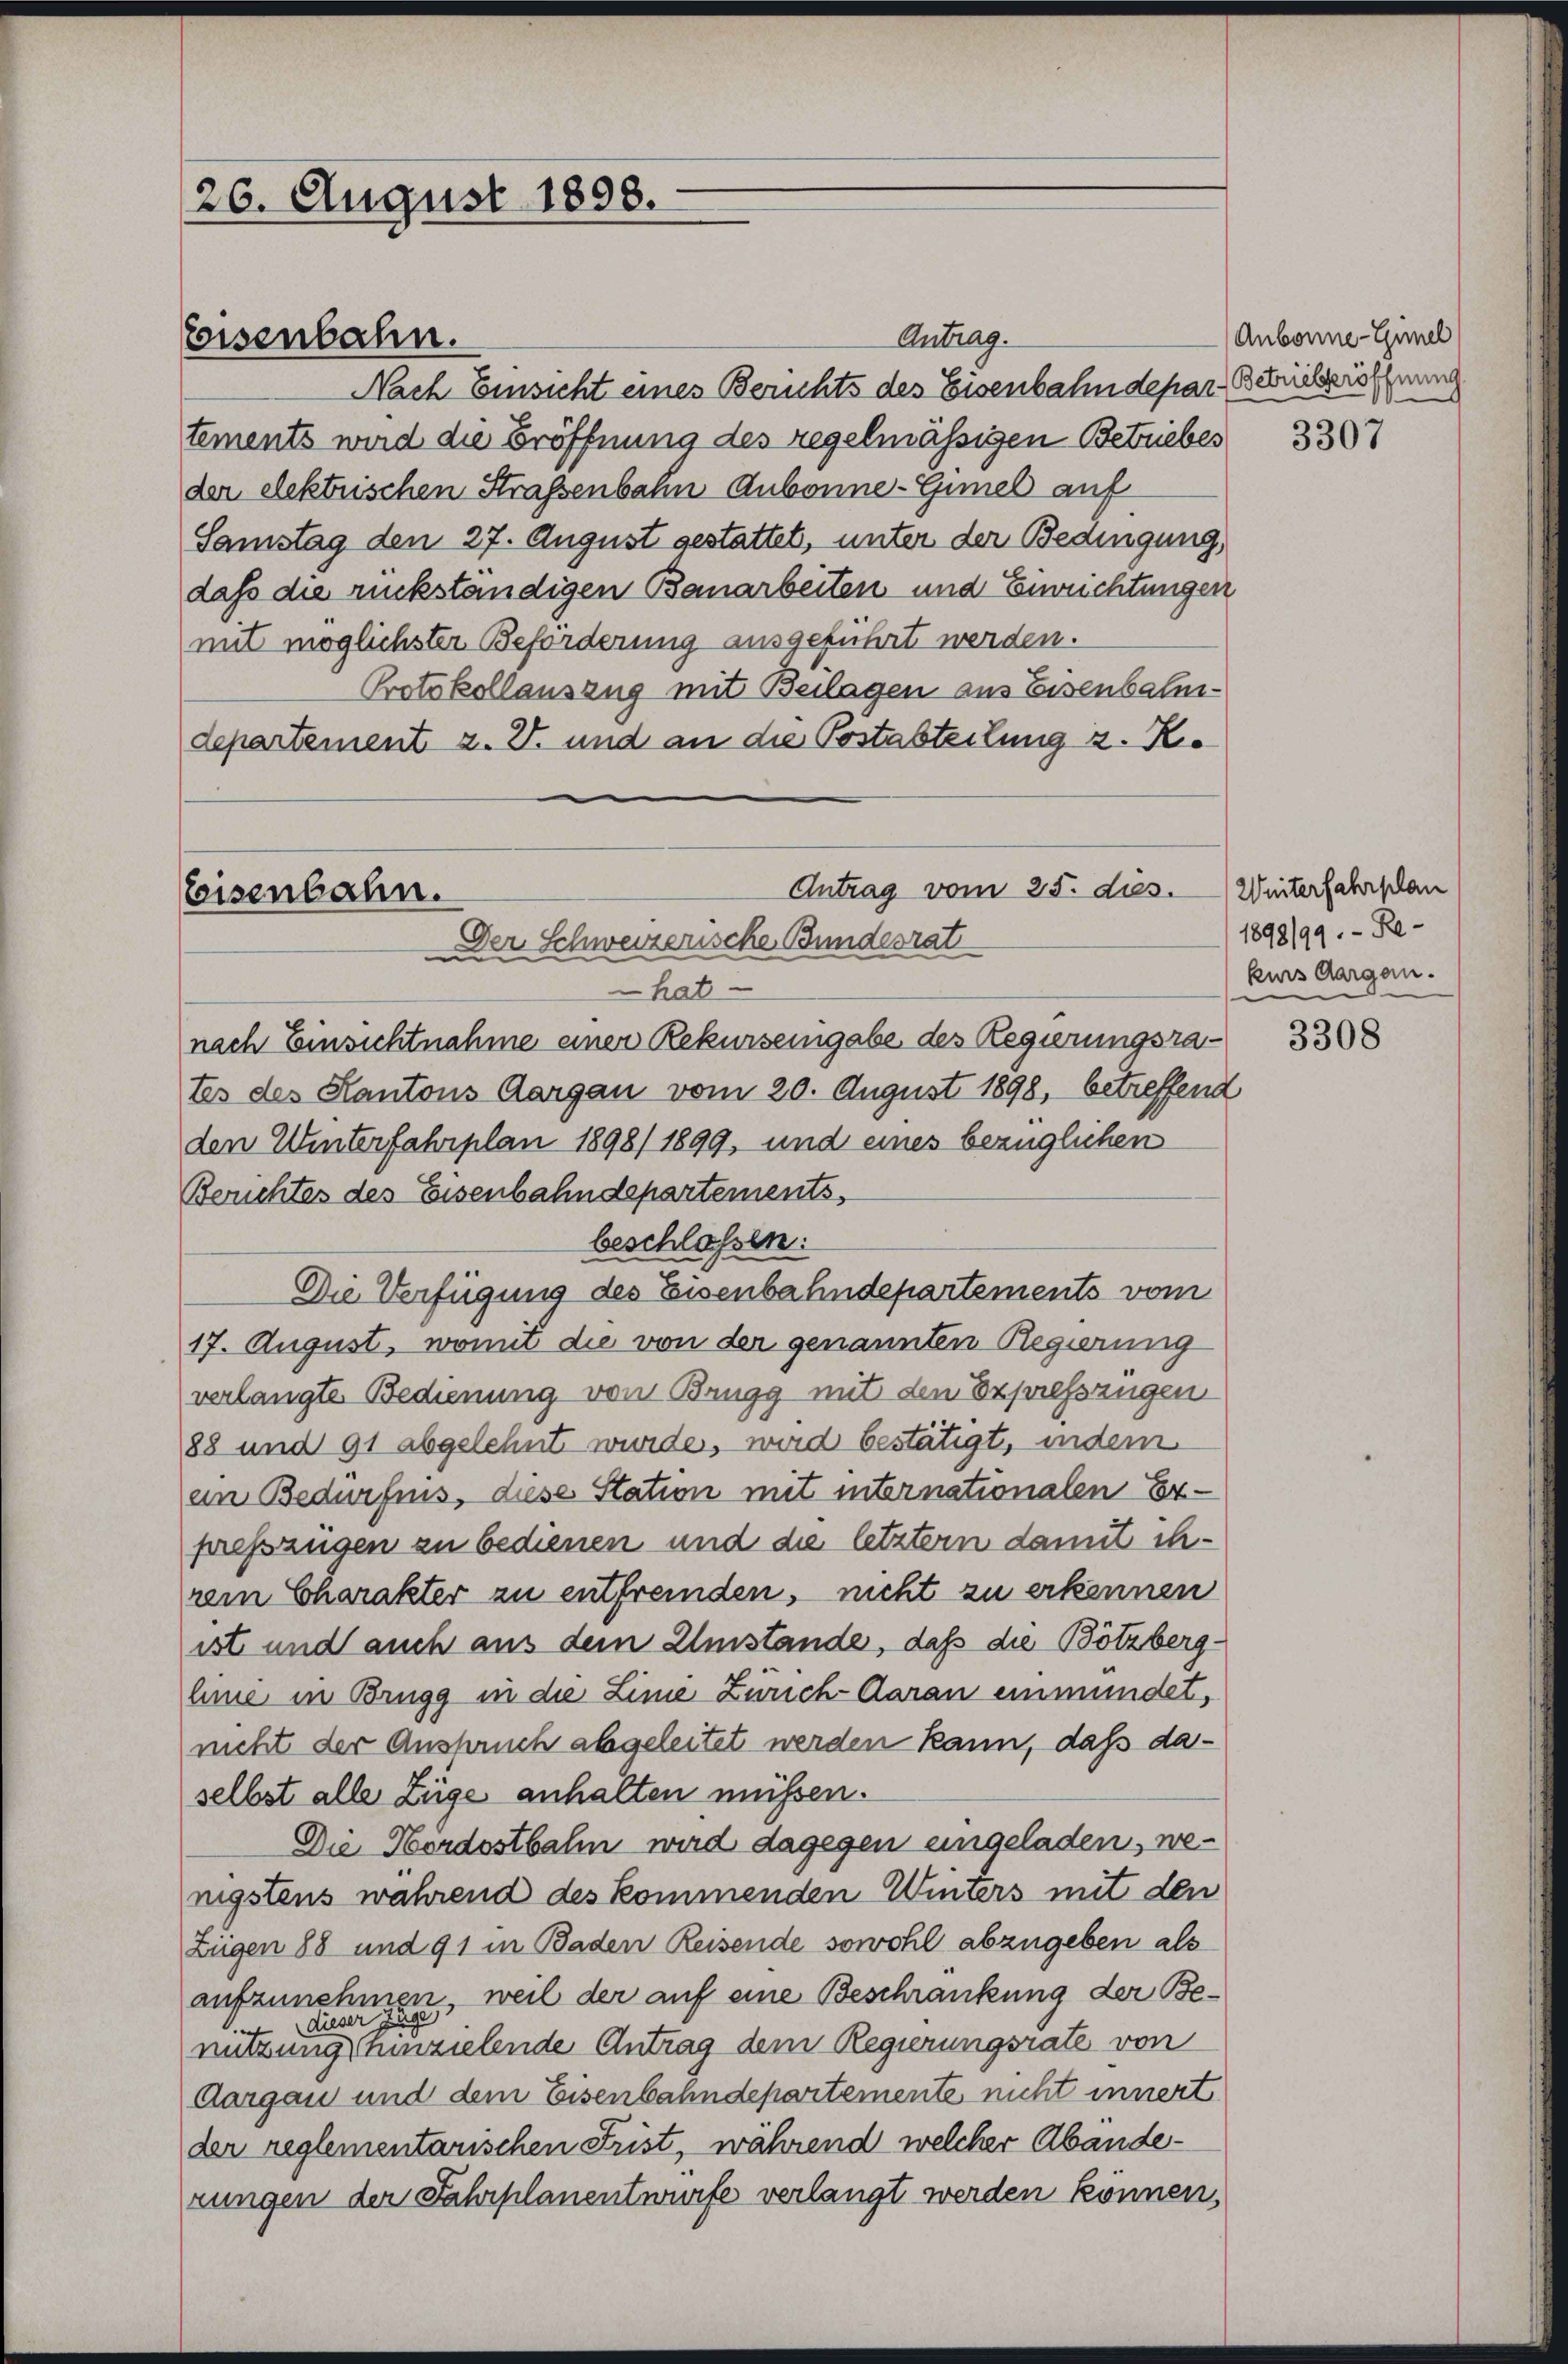
26. August 1808.

Antrag.
Nach Einsicht eines Berichts des Eisenbahndepar. Betriebseröffnung
tements wird die Eröffnung des regelmässigen Betriebes
der dektrischen Straßenbahn Aubonne-Gimel auf
Samstag den 27. August gestattet, unter der Bedingung,
daß die rückständigen Bauarbeiten und Einrichtungen
mit möglichster Beförderung ausgeführt werden.
Protokollauszug mit Beilagen aus Eisenbahn-
departement z. Z. und an die Postabteilung z. Ko

Eisenbahn.

Antrag vom 25. dies.
Eisenbahn.
Der Schweizerische Bundesrat
hat

nach Einsichtnahme einer Rekurseingabe des Regierungsrates des Kantons Aargau vom 20. August 1898, betreffend
den Unterfahrplan 1898/ 1899, und eines bezüglichen
Berichtes des Eisenbahndepartements,
beschlossen:
Die Verfügung des Eisenbahndepartements vom
17. August, womit die von der genannten Regierung
verlangte Bedienung von Brugg mit den Expresszügen
88 und 91 abgelehnt wurde, wird bestätigt, indem
an Bedürfnis, diese Station mit internationalen Erpresszügen zu bedienen und die letztern damit ihrem Charakter zu entfremden, nicht zu erkennen
ist und auch aus dem Umstände, daß die Bötzberg-
hine in Brugg in die Linie Zürich-Aarau einmündet,
nicht der Anspruch abgeleitet werden kann, daß daselbst alle Züge anhalten müssen.
Die Hordostbahn wird dagegen eingeladen, wenigstens während des kommenden Winters mit den
Ziegen 88 und 91 in Baden Reisende sowohl abzugeben als
aufzunehmen.
dieser zu, weil der auf eine Beschränkung der Benützung einzielende Antrag dem Regierungsrate von
Aargau und dem Eisenbahndepartemente nicht innert
der reglementarischen Frist, während welcher Abänderungen der Fahrplanentwurfe verlangt werden können,

Aubonne-Gimel

3307

Winterfahrplan
1898/99.- Re-
kurs Aargau.

3308